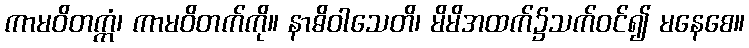
ကာမဝိတက္ကံ၊ ကာမဝိတက်ကို။ နာဓိဝါသေတိ၊ မိမိအထက်၌သက်ဝင်၍ မနေစေ။